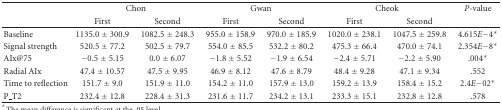
|  | <COLSPAN=2> Chon | <COLSPAN=2> Gwan | <COLSPAN=2> Cheok | P-value |
 |  | First | Second | First | Second | First | Second |  |
 | --- | --- | --- | --- | --- | --- | --- | --- |
 | Baseline | 1135.0 ± 300.9 | 1082.5 ± 248.3 | 955.0 ± 158.9 | 970.0 ± 185.9 | 1020.0 ± 238.1 | 1047.5 ± 259.8 | 4.615E−4* |
 | Signal strength | 520.5 ± 77.2 | 502.5 ± 79.7 | 554.0 ± 85.5 | 532.2 ± 80.2 | 475.3 ± 66.4 | 470.0 ± 74.1 | 2.354E−8* |
 | AIx@75 | −0.5 ± 5.15 | 0.0 ± 6.07 | −1.8 ± 5.52 | −1.9 ± 6.54 | −2.4 ± 5.71 | −2.2 ± 5.90 | .004* |
 | Radial AIx | 47.4 ± 10.57 | 47.5 ± 9.95 | 46.9 ± 8.12 | 47.6 ± 8.79 | 48.4 ± 9.28 | 47.1 ± 9.34 | .552 |
 | Time to reflection | 151.7 ± 9.0 | 151.9 ± 11.0 | 154.2 ± 11.0 | 157.9 ± 13.0 | 159.2 ± 13.9 | 158.4 ± 15.2 | 2.4E−02* |
 | P_T2 | 232.4 ± 12.8 | 228.4 ± 31.3 | 231.6 ± 11.7 | 234.2 ± 13.1 | 233.3 ± 15.1 | 232.8 ± 12.8 | .578 |